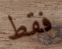
فقط